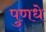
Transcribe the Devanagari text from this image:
पुणधे